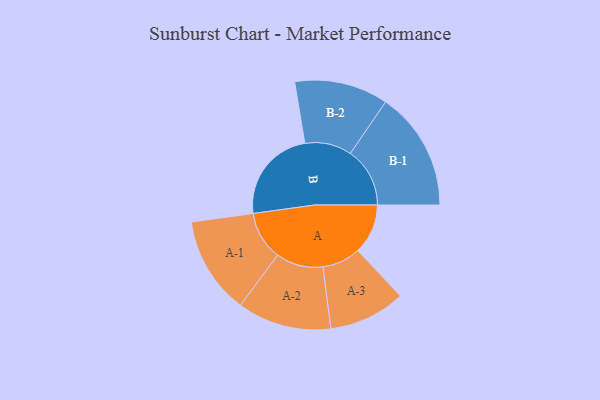
{"axis": {"x": "Segment", "y": "Value"}, "legend": ["", "A", "B"], "data": [{"x": "A", "y": 218, "type": ""}, {"x": "B", "y": 412, "type": ""}, {"x": "A-1", "y": 212, "type": "A"}, {"x": "A-2", "y": 205, "type": "A"}, {"x": "A-3", "y": 167, "type": "A"}, {"x": "B-1", "y": 259, "type": "B"}, {"x": "B-2", "y": 204, "type": "B"}]}